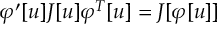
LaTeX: \varphi ^ { \prime } [ u ] J [ u ] \varphi ^ { T } [ u ] = J [ \varphi [ u ] ]